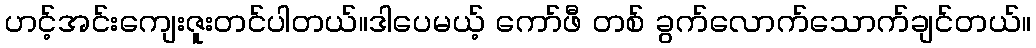
ဟင့်အင်းကျေးဇူးတင်ပါတယ်။ဒါပေမယ့် ကော်ဖီ တစ် ခွက်လောက်သောက်ချင်တယ်။